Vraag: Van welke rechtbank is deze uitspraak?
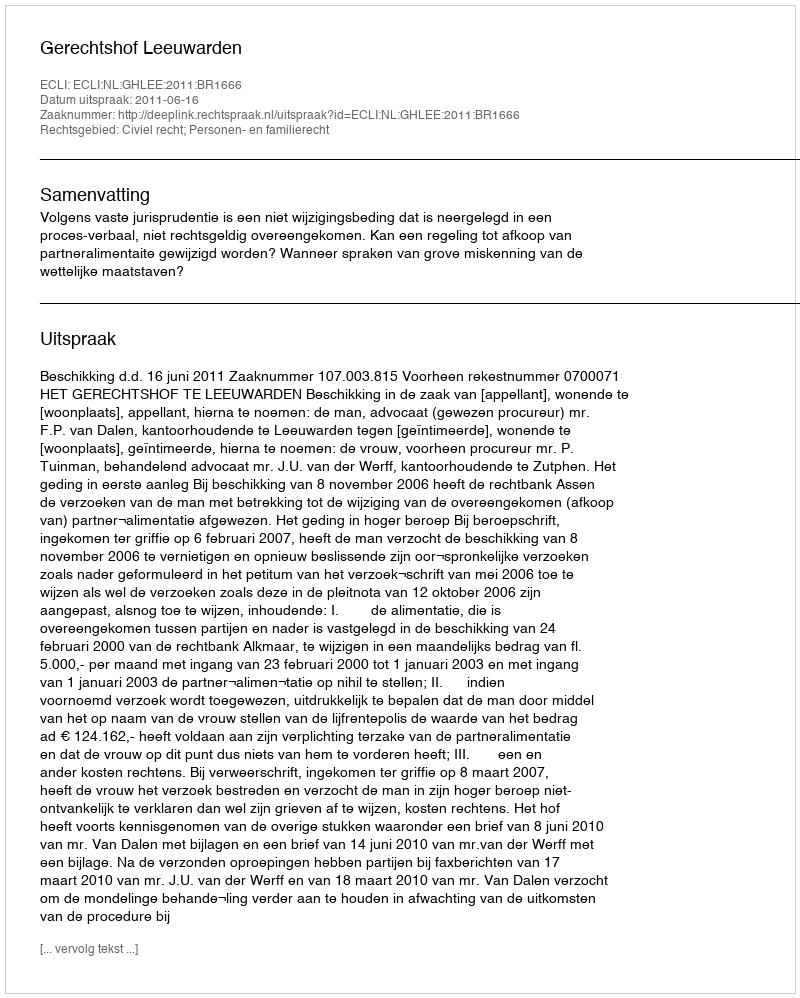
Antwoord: Gerechtshof Leeuwarden